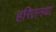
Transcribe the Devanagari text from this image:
हरितनया